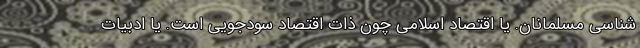
شناسی مسلمانان. یا اقتصاد اسلامی چون ذات اقتصاد سودجویی است. یا ادبیات